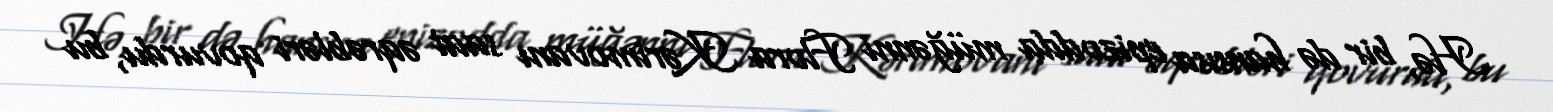
Hə, bir də hansısa epizodda müğənni Flora Kərimovanı saat əqrəbləri qovurdu, bu